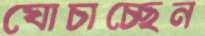
ঘোচাচ্ছেন